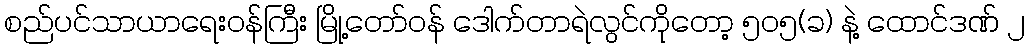
စည်ပင်သာယာရေးဝန်ကြီး မြို့တော်ဝန် ဒေါက်တာရဲလွင်ကိုတော့ ၅၀၅(ခ) နဲ့ ထောင်ဒဏ် ၂